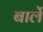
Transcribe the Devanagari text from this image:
बार्ले